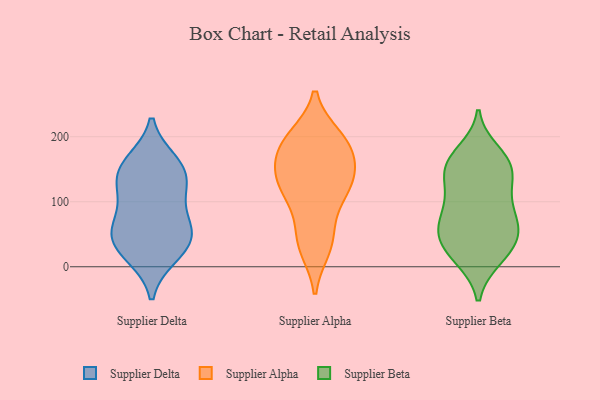
{"axis": {"x": "Gross Profit (USD K)", "y": "Value"}, "legend": ["Supplier Alpha", "Supplier Beta", "Supplier Delta"], "data": [{"x": "", "y": 147, "type": "Supplier Delta"}, {"x": "", "y": 16, "type": "Supplier Delta"}, {"x": "", "y": 112, "type": "Supplier Delta"}, {"x": "", "y": 51, "type": "Supplier Delta"}, {"x": "", "y": 44, "type": "Supplier Delta"}, {"x": "", "y": 126, "type": "Supplier Delta"}, {"x": "", "y": 59, "type": "Supplier Delta"}, {"x": "", "y": 162, "type": "Supplier Delta"}, {"x": "", "y": 139, "type": "Supplier Delta"}, {"x": "", "y": 16, "type": "Supplier Delta"}, {"x": "", "y": 42, "type": "Supplier Delta"}, {"x": "", "y": 161, "type": "Supplier Delta"}, {"x": "", "y": 95, "type": "Supplier Delta"}, {"x": "", "y": 61, "type": "Supplier Delta"}, {"x": "", "y": 179, "type": "Supplier Alpha"}, {"x": "", "y": 141, "type": "Supplier Alpha"}, {"x": "", "y": 103, "type": "Supplier Alpha"}, {"x": "", "y": 131, "type": "Supplier Alpha"}, {"x": "", "y": 35, "type": "Supplier Alpha"}, {"x": "", "y": 109, "type": "Supplier Alpha"}, {"x": "", "y": 196, "type": "Supplier Alpha"}, {"x": "", "y": 130, "type": "Supplier Alpha"}, {"x": "", "y": 193, "type": "Supplier Alpha"}, {"x": "", "y": 199, "type": "Supplier Alpha"}, {"x": "", "y": 172, "type": "Supplier Alpha"}, {"x": "", "y": 29, "type": "Supplier Alpha"}, {"x": "", "y": 53, "type": "Supplier Alpha"}, {"x": "", "y": 146, "type": "Supplier Alpha"}, {"x": "", "y": 19, "type": "Supplier Beta"}, {"x": "", "y": 113, "type": "Supplier Beta"}, {"x": "", "y": 13, "type": "Supplier Beta"}, {"x": "", "y": 176, "type": "Supplier Beta"}, {"x": "", "y": 120, "type": "Supplier Beta"}, {"x": "", "y": 64, "type": "Supplier Beta"}, {"x": "", "y": 157, "type": "Supplier Beta"}, {"x": "", "y": 71, "type": "Supplier Beta"}, {"x": "", "y": 157, "type": "Supplier Beta"}, {"x": "", "y": 43, "type": "Supplier Beta"}, {"x": "", "y": 95, "type": "Supplier Beta"}, {"x": "", "y": 14, "type": "Supplier Beta"}, {"x": "", "y": 163, "type": "Supplier Beta"}, {"x": "", "y": 85, "type": "Supplier Beta"}, {"x": "", "y": 147, "type": "Supplier Beta"}, {"x": "", "y": 47, "type": "Supplier Beta"}, {"x": "", "y": 148, "type": "Supplier Beta"}, {"x": "", "y": 52, "type": "Supplier Beta"}, {"x": "", "y": 50, "type": "Supplier Beta"}]}